Civil Veterinary Department Bihar reports 1936-40 - 1936-1940
Year: 1936
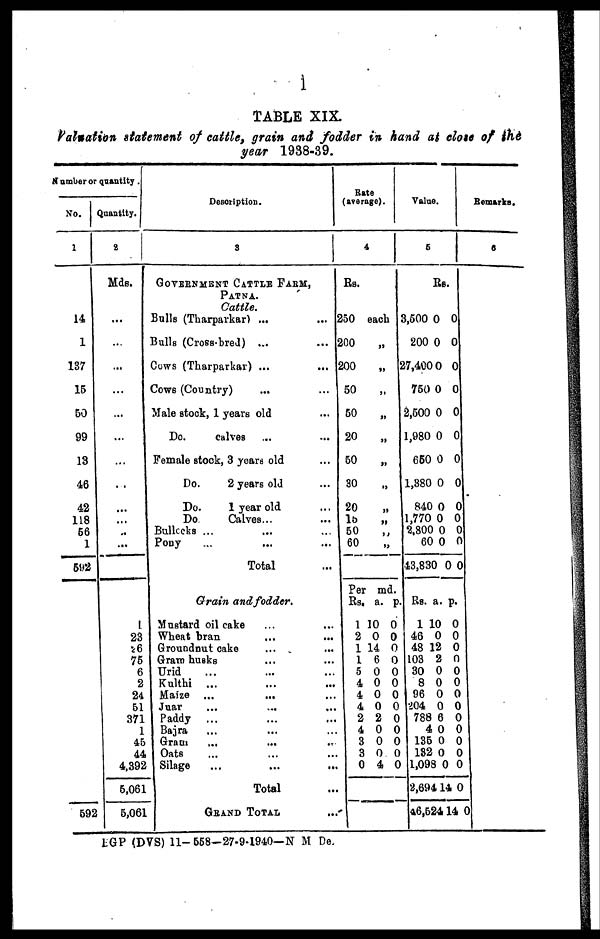
TABLE XIX.
Valuation statement of cattle, grain and fodder in hand at close of the
year 1938-39.
Number or quantity .
No.
1
14
137
15
50
99
13
46
42
118
56
1
592
692
Quantity.
2
Mds.
...
...
...
...
...
...
...
...
...
...
...
...
23
26
75
6
2
24
61
371
1
45
44
4,392
6,061
6,061
Description.
3
GOVERNMENT CATTLE FARM,
PATNA.
Cattle.
Bulls (Tharparkar) ... ...
Bulls (Cross-bred) ... ...
Cows (Tharparkar) ... ...
Cows (Country) ... ...
Male stock, 1 years old ...
Do.
calves ... ...
Female stock, 3 yeara old ...
Do.
2 years old ...
Do.
1 year old ...
Do
Calves... ...
Bullocks ... ... ...
Pony ... ... ...
Total ...
Grain and fodder.
Mustard oil cake ... ...
Wheat bran
Groundnut cake
Gram husks ... ...
Urid ... ... ...
Kulthi ... ... ...
Maize ... ... ...
Juar ... ... ...
Paddy ...
Bajra ... ... ...
Grain ... ... ...
Oats
Silage
Total
GRAND TOTAL ...
Rate
(average).
4
Rs.
250 each
200
„
200
„
50
„
50
„
20
„
50
„
30 „
2 0 „
15 „
50 „
60
„
Per md.
Rs, a. p.
1 10 0
2 0 0
1 14 0
1 6 0
5 0 0
4 0 0
4 0 0
4 0 0
2 2 0
4 0 0
3 0 0
3 0 0
0 4 0
Value.
5
Rs.
3,500 0 0
200 0 0
27,400 0 0
750 0 0
2,500 0 0
1,980 0 0
650 0 0
1,380 0 0
840 0 0
1,770 0 0
2,800 0 0
60 0 0
43,830 0 0
Rs. a. p.
1 10 0
46 0 0
48 12 0
103 2 0
30 0 0
8 0 0
96 0 0
204 0 0
788 6 0
4 0 0
136 0 0
182 0 0
1,098 0 0
2,694 14 0
46,524 14 0
Remarks.
6
LGP (DVS) 11-558-27-9-1940—N M De.